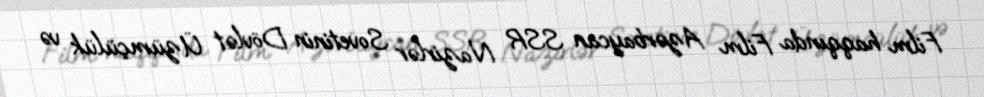
Film haqqında Film Azərbaycan SSR Nazirlər Sovetinin Dövlət Üzümçülük və